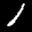
Label: 1